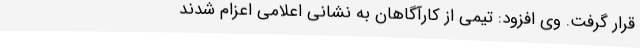
قرار گرفت. وی افزود: تیمی از کارآگاهان به نشانی اعلامی اعزام شدند